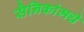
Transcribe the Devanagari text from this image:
सैनिकांमधे